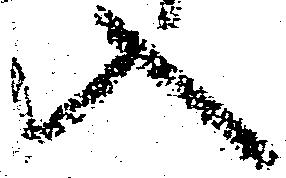
入